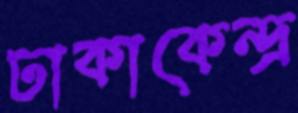
ঢাকাকেন্দ্র